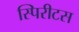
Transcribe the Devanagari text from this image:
स्पिरीटस